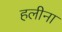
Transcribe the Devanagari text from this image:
हलीना